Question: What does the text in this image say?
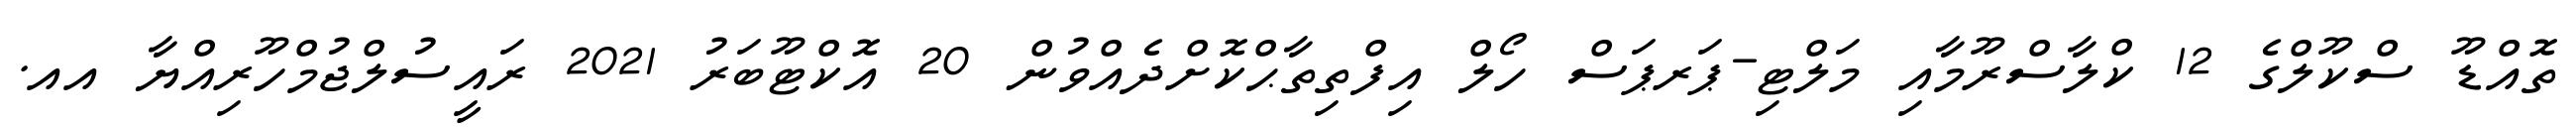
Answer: ތޮއްޑޫ ސްކޫލްގެ 12 ކްލާސްރޫމާއި މަލްޓި-ޕަރޕަސް ހޯލް އިފްތިތާޙްކޮށްދެއްވުން 20 އޮކްޓޫބަރު 2021 ރައީސުލްޖުމްހޫރިއްޔާ އއ.